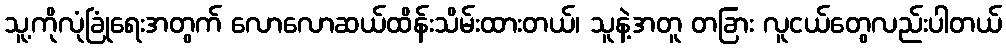
သူ့ကိုလုံခြုံရေးအတွက် လောလောဆယ်ထိန်းသိမ်းထားတယ်၊ သူနဲ့အတူ တခြား လူငယ်တွေလည်းပါတယ်